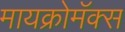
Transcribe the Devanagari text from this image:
मायक्रोमॅक्स